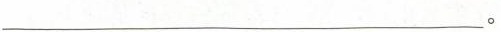
___。